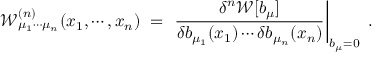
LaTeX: { \mathcal W } _ { \mu _ { 1 } \cdots \mu _ { n } } ^ { ( n ) } ( x _ { 1 } , \cdots , x _ { n } ) \; = \; \left. \frac { \delta ^ { n } { \mathcal W } [ b _ { \mu } ] } { \delta b _ { \mu _ { 1 } } ( x _ { 1 } ) \cdots \delta b _ { \mu _ { n } } ( x _ { n } ) } \right| _ { b _ { \mu } = 0 } \; .